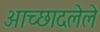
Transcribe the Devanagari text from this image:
अाच्छादलेले